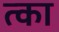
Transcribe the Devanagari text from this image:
त्का